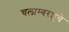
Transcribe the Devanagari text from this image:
चलाम्बरशुचे